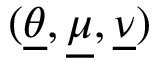
( \underline { { \theta } } , \underline { { \mu } } , \underline { { \nu } } )